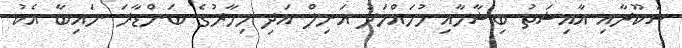
ޝަކޫރާއި އާއިޝަތު ބިޝާމާއި މުހައްމަދު އަނިލް އަދި މިހާރުގެ ބަންޑާރަ ނައިބާ އެކު